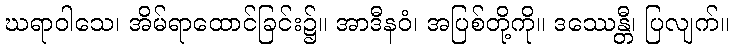
ဃရာဝါသေ၊ အိမ်ရာထောင်ခြင်း၌။ အာဒီနဝံ၊ အပြစ်တို့ကို။ ဒဿေန္တီ၊ ပြလျက်။